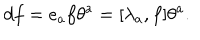
d f = e _ { a } f \theta ^ { a } = [ \lambda _ { a } , f ] \theta ^ { a } .